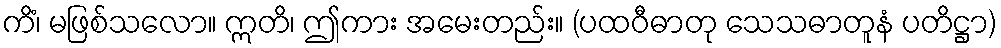
ကိံ၊ မဖြစ်သလော။ ဣတိ၊ ဤကား အမေးတည်း။ (ပထဝီဓာတု သေသဓာတူနံ ပတိဋ္ဌာ)